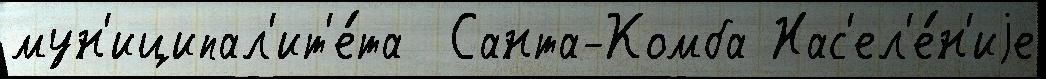
мун'иципал'ит'е́та  Санта-Комба Нас'ел'е́н'иjе